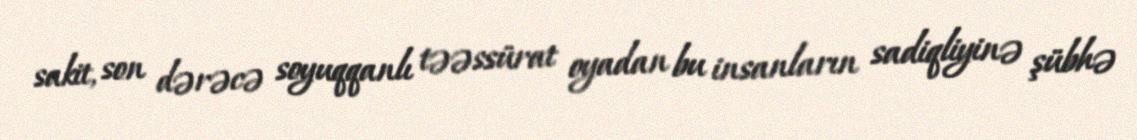
sakit, son dərəcə soyuqqanlı təəssürat oyadan bu insanların sadiqliyinə şübhə